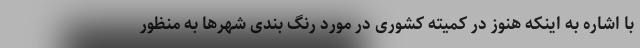
با اشاره به اینکه هنوز در کمیته کشوری در مورد رنگ بندی شهرها به منظور